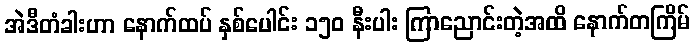
အဲဒီတံခါးဟာ နောက်ထပ် နှစ်ပေါင်း ၁၅၀ နီးပါး ကြာညောင်းတဲ့အထိ နောက်တကြိမ်